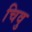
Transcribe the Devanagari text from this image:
चिवु